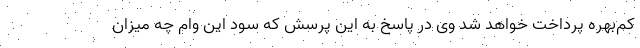
کم‌بهره پرداخت خواهد شد وی در پاسخ به این پرسش که سود این وام چه میزان